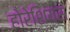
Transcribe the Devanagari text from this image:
होरेशियस